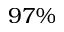
9 7 \%